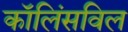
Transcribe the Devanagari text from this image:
कॉलिंसविल